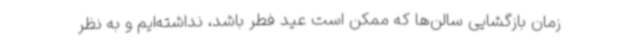
زمان بازگشایی سالن‌ها که ممکن است عید فطر باشد، نداشته‌ایم و به نظر